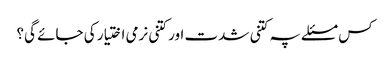
کس مسئلے پہ کتنی شدت اور کتنی نرمی اختیار کی جائے گی؟